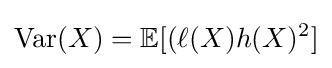
{\mbox{Var}}(X)=\mathbb {E} [(\ell (X)h(X)^{2}]